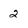
Character: 2